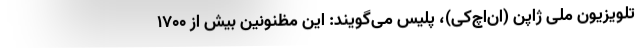
تلویزیون ملی ژاپن (ان‌اچ‌کی)، پلیس می‌گویند: این مظنونین بیش از ۱۷۰۰